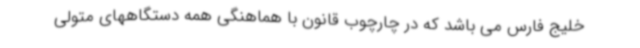
خلیج فارس می باشد که در چارچوب قانون با هماهنگی همه دستگاههای متولی